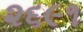
૨૬૯૧